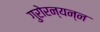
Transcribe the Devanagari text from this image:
गुरोरन्यन्न